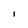
Character: i